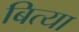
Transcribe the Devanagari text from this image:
बित्या